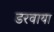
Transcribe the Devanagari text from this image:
डरवाया